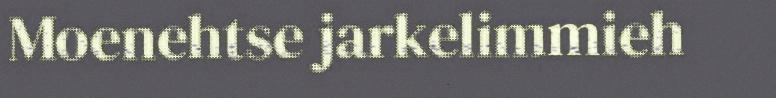
Moenehtse jarkelimmieh